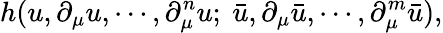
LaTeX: h(u,\partial_{\mu}u,\cdots,\partial_{\mu}^{n}u;\ \bar{u},\partial_{\mu}\bar{u},\cdots,\partial_{\mu}^{m}\bar{u}),